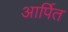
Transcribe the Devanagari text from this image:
आर्पित